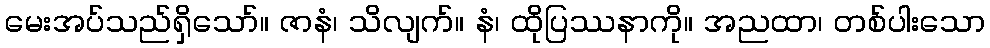
မေးအပ်သည်ရှိသော်။ ဇာနံ၊ သိလျက်။ နံ၊ ထိုပြဿနာကို။ အညထာ၊ တစ်ပါးသော